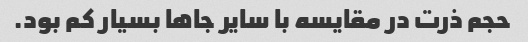
حجم ذرت در مقایسه با سایر جاها بسیار کم بود.